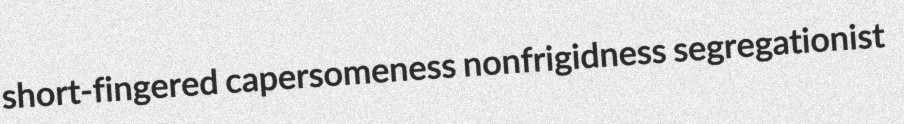
short-fingered capersomeness nonfrigidness segregationist